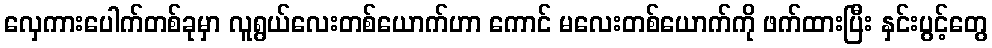
လှေကားပေါက်တစ်ခုမှာ လူရွယ်လေးတစ်ယောက်ဟာ ကောင် မလေးတစ်ယောက်ကို ဖက်ထားပြီး နှင်းပွင့်တွေ